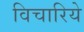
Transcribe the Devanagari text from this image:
विचारिये